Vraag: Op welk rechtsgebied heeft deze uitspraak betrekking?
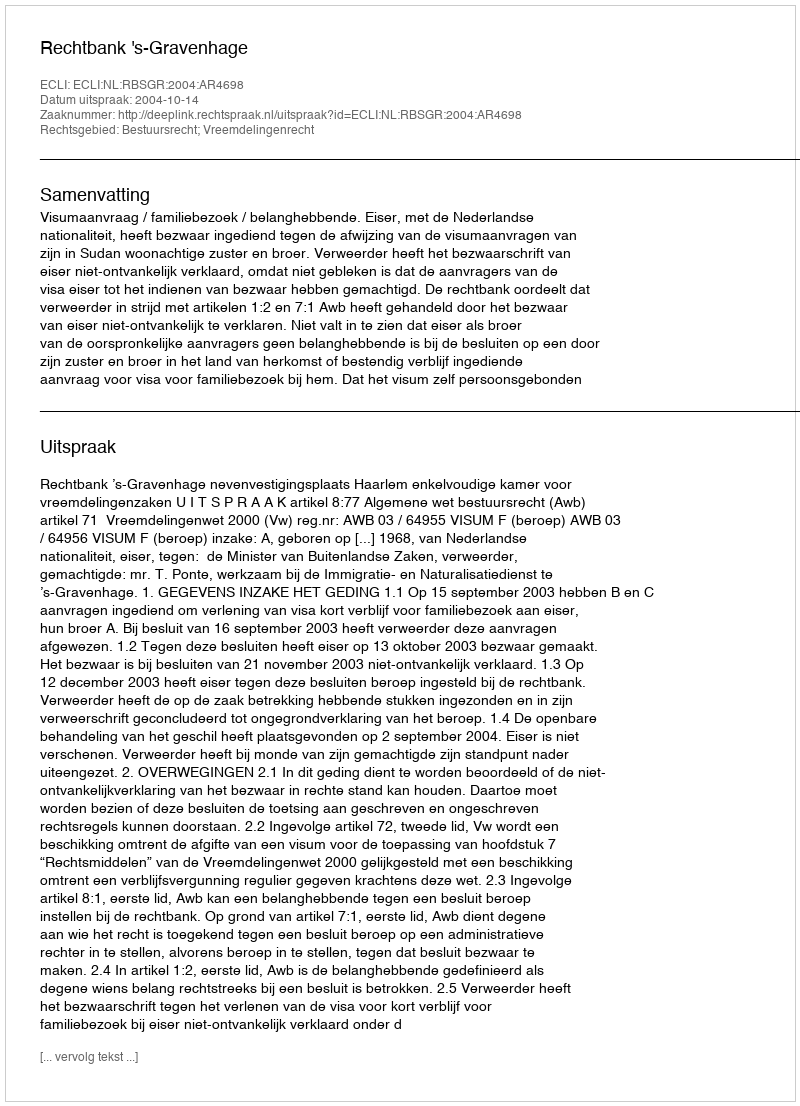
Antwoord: Bestuursrecht; Vreemdelingenrecht